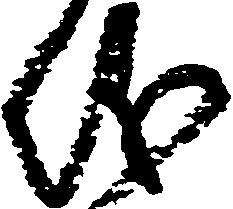
儀